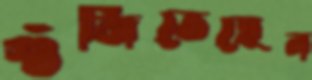
গুঁজিতেছেন